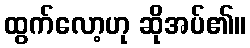
ထွက်လော့ဟု ဆိုအပ်၏။